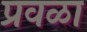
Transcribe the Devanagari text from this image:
प्रवळा